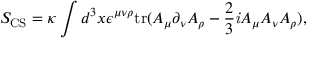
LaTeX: S _ { \mathrm { C S } } = \kappa \int d ^ { 3 } x \/ \epsilon ^ { \mu \nu \rho } \mathrm { t r } ( A _ { \mu } \partial _ { \nu } A _ { \rho } - \frac { 2 } { 3 } { \it i } A _ { \mu } A _ { \nu } A _ { \rho } ) ,